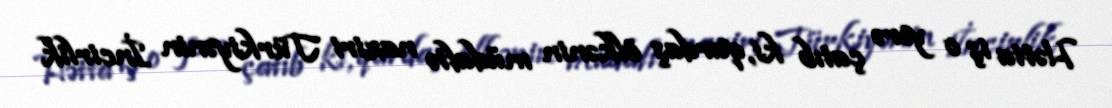
Hətta iş o yerə çatıb ki, qardaş ölkənin müdafiə naziri Türkiyənin İncirlik